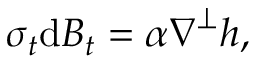
\boldsymbol { \sigma } _ { t } \mathrm { d } \boldsymbol { B } _ { t } = \alpha \boldsymbol { \nabla } ^ { \perp } h ,